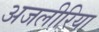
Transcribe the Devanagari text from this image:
अजलीरिया